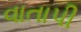
વાતાપી